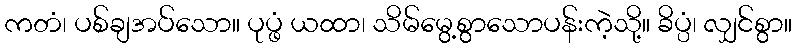
ကတံ၊ ပစ်ချအပ်သော။ ပုပ္ဖံ ယထာ၊ သိမ်မွေ့စွာသောပန်းကဲ့သို့။ ခိပ္ပံ၊ လျှင်စွာ။